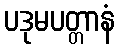
ပဒုမပတ္တာနံ